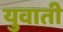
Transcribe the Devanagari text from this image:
युवाती